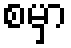
စမှာ